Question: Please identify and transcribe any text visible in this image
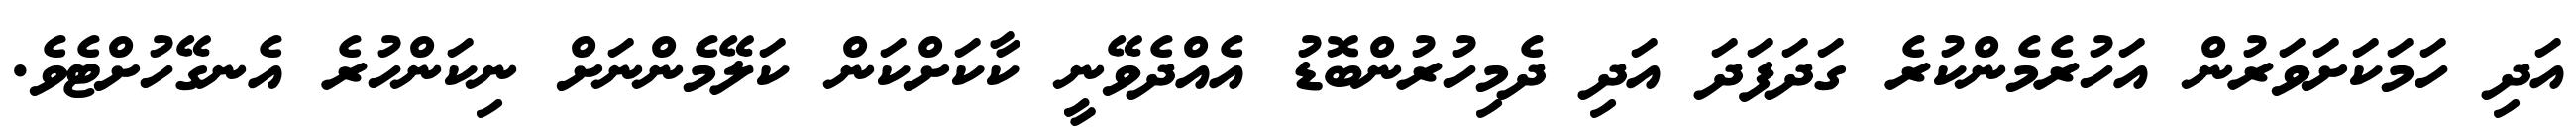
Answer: އަދި ހަމަކަށަވަރުން އަހުރެމެންކުރެ ގަދަފަދަ އަދި ދެމިހުރުންބޮޑު އެއްދެވޭނީ ކާކަށްކަން ކަލޭމެންނަށް ނިކަންހުރެ އެނގޭހުށްޓެވެ.